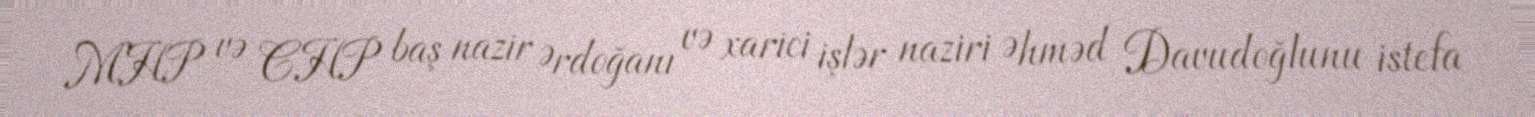
MHP və CHP baş nazir Ərdoğanı və xarici işlər naziri Əhməd Davudoğlunu istefa